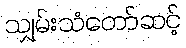
သျှမ်းသံတော်ဆင့်